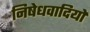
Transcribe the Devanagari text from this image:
निषेधवादियों